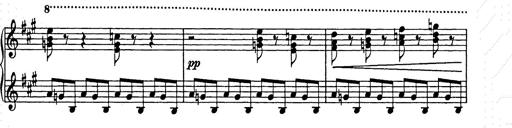
Title: Weihnachtsbaum
Composer: Franz Liszt